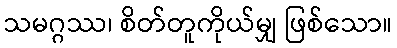
သမဂ္ဂဿ၊ စိတ်တူကိုယ်မျှ ဖြစ်သော။